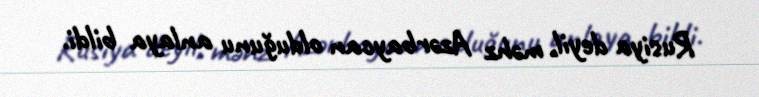
Rusiya deyil, məhz Azərbaycan olduğunu anlaya bildi.